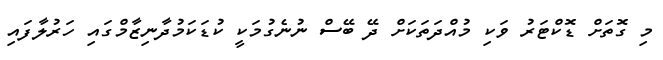
މި ގޮތަށް ޑޮކްޓަރު ވަކި މުއްދަތަކަށް ދޭ ބޭސް ނުނެގުމަކީ ކުޑަކަމުދާނިޒާމްގައި ހަރުލާފައި